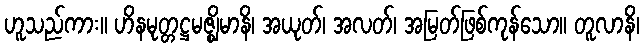
ဟူသည်ကား။ ဟိနမုတ္တဋ္ဌမဇ္ဈိမာနိ၊ အယုတ်၊ အလတ်၊ အမြတ်ဖြစ်ကုန်သော။ တူလာနိ၊